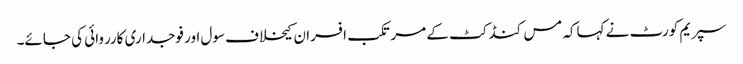
سپریم کورٹ نے کہاکہ مس کنڈکٹ کے مرتکب افسران کیخلاف سول اور فوجداری کارروائی کی جائے۔